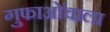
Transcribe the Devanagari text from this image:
गुफाओंवाला